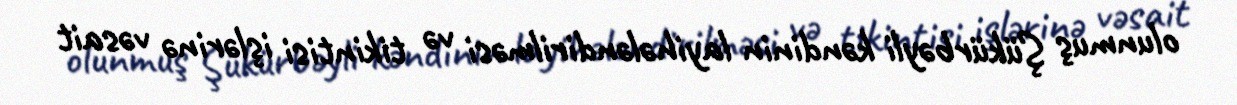
olunmuş Şükürbəyli kəndinin layihələndirilməsi və tikintisi işlərinə vəsait